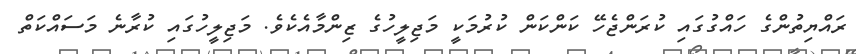
ރައްޔިތުންގެ ހައްގުގައި ކުރަންޖެހޭ ކަންކަން ކުރުމަކީ މަޖިލީހުގެ ޒިންމާއެކެވެ. މަޖިލީހުގައި ކުރާނެ މަސައްކަތް